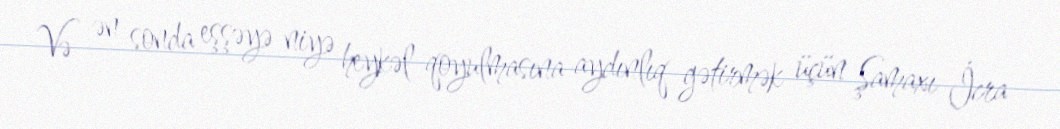
Və ən sonda eşşəyə niyə heykəl qoyulmasına aydınlıq gətirmək üçün Şamaxı İcra